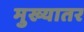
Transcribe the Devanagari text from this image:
मुख्यातर